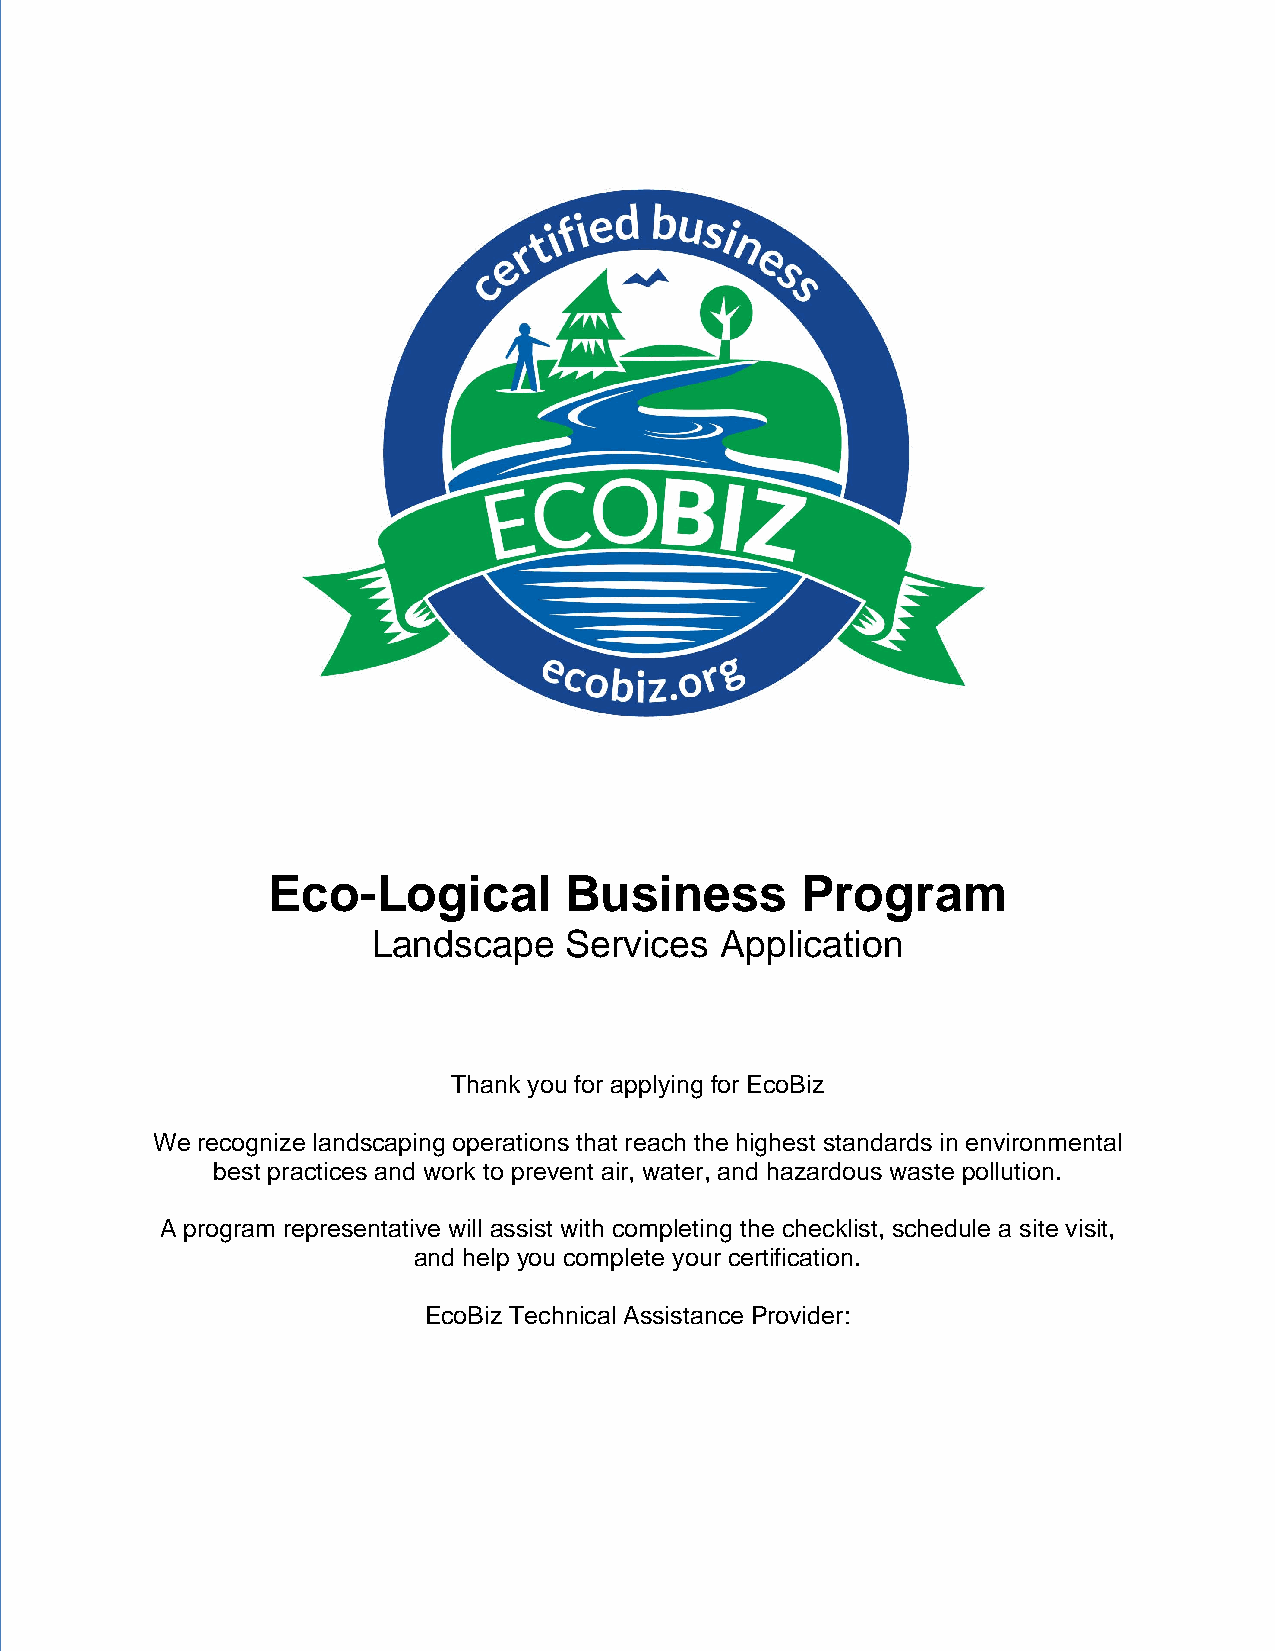
Eco-Logical        Business        Program
 Landscape   Services   Application
 Thank you for applying for EcoBiz
 We recognize landscaping operations that reach the highest standards in environmental
 best practices and work to prevent air, water, and hazardous waste pollution.
 A program representative will assist with completing the checklist, schedule a site visit,
 and help you complete your certification.
 EcoBiz Technical Assistance Provider: